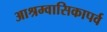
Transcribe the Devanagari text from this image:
आश्रम्वासिकापर्व